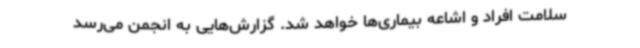
سلامت افراد و اشاعه بیماری‌ها خواهد شد. گزارش‌هایی به انجمن می‌رسد